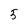
Character: 5